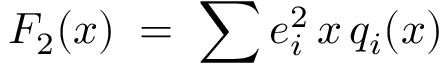
F _ { 2 } ( x ) \; = \; \sum _ { } { } e _ { i } ^ { 2 } \, x \, q _ { i } ( x )